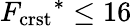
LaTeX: {F_{\mathrm{crst}}}^{*}\leq 16